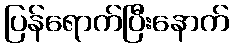
ပြန်ရောက်ပြီးနောက်